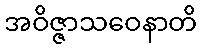
အဝိဇ္ဇာသဝေနာတိ